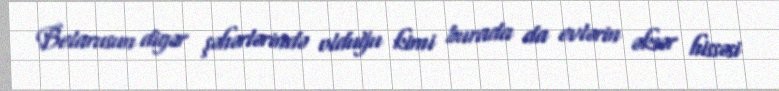
Belarusun digər şəhərlərində olduğu kimi burada da evlərin əksər hissəsi